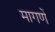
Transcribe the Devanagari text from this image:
मागणें